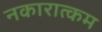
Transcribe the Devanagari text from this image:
नकारात्‍कम